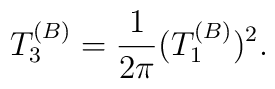
T_3^{(B)} = { 1\over 2\pi} (T_1^{(B)})^2.